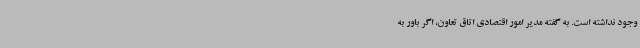
وجود نداشته است. به گفته مدیر امور اقتصادی اتاق تعاون، اگر باور به